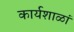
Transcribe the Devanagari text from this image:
कार्यशाळां